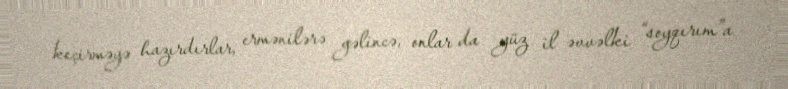
keçirməyə hazırdırlar, ermənilərə gəlincə, onlar da yüz il əvvəlki “soyqırım”a